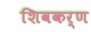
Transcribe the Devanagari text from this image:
शिवकर्ण